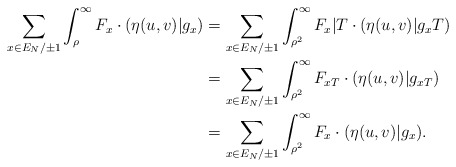
\begin{align*}\sum_{x \in E_N/\pm 1} \int_\rho^\infty F_x \cdot (\eta(u,v)|g_x) & = \sum_{x \in E_N/\pm 1} \int_{\rho^2}^\infty F_x | T \cdot (\eta(u,v)|g_x T)\\& = \sum_{x \in E_N/\pm 1} \int_{\rho^2}^\infty F_{xT} \cdot (\eta(u,v)|g_{xT})\\& = \sum_{x \in E_N/\pm 1} \int_{\rho^2}^\infty F_x \cdot (\eta(u,v)|g_x).\end{align*}